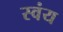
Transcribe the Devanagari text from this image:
स्‍वंय